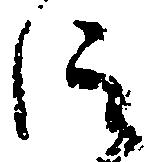
仰